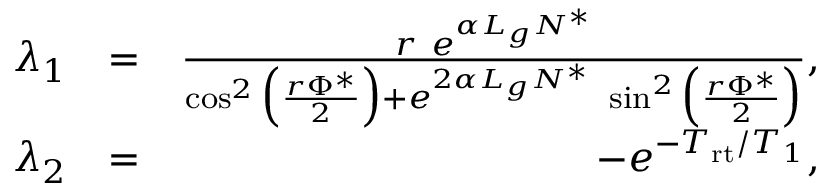
\begin{array} { r l r } { \lambda _ { 1 } } & { = } & { \frac { r \ e ^ { \alpha L _ { g } N ^ { * } } } { \cos ^ { 2 } \Big ( \frac { r \Phi ^ { * } } { 2 } \Big ) + e ^ { 2 \alpha L _ { g } N ^ { * } } \ \sin ^ { 2 } \Big ( \frac { r \Phi ^ { * } } { 2 } \Big ) } , } \\ { \lambda _ { 2 } } & { = } & { - e ^ { - T _ { \mathrm { r t } } / T _ { 1 } } , } \end{array}